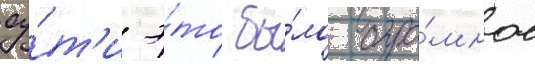
су́т'и э́то бы́ло огро́мное